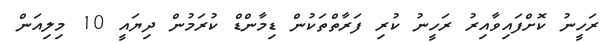
ރަހީނު ކޮށްފައިވާއިރު ރަހީނު ކުރި ފަރާތްތަކުން ޑިމާންޑް ކުރަމުން ދިޔައީ 10 މިލިއަން